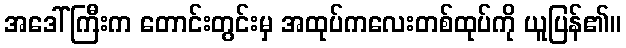
အဒေါ်ကြီးက တောင်းတွင်းမှ အထုပ်ကလေးတစ်ထုပ်ကို ယူပြန်၏။